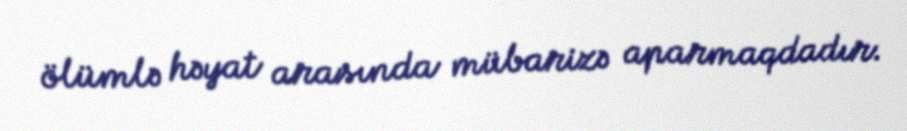
ölümlə həyat arasında mübarizə aparmaqdadır.